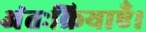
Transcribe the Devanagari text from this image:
अंतःक्रियाएँ।